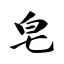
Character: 皂